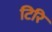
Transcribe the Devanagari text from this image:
टिरि